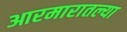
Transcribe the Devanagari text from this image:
आरमारातल्या